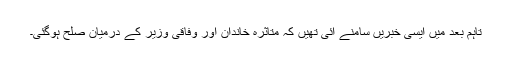
تاہم بعد میں ایسی خبریں سامنے آئی تھیں کہ متاثرہ خاندان اور وفاقی وزیر کے درمیان صلح ہوگئی۔